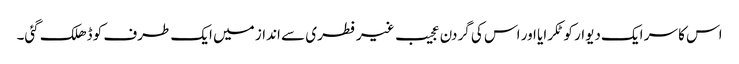
اس کا سر ایک دیوار کو ٹکرایا اور اس کی گردن عجیب غیر فطری سے انداز میں ایک طرف کو ڈھلک گئی۔